Lunatic asylums Burma 1907-21 - 1907-1921
Year: 1907
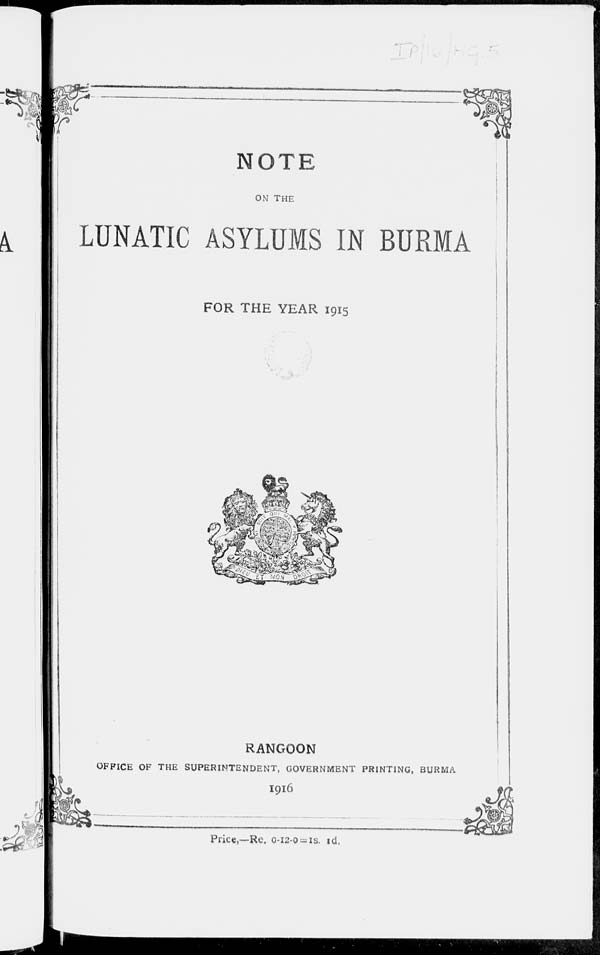
NOTE
ON THE
LUNATIC ASYLUMS IN BURMA
FOR THE YEAR 1915
RANGOON
OFFICE OF THE SUPERINTENDENT, GOVERNMENT PRINTING, BURMA
1916
Price,—Re. 0-12-0 =1s. 1d.